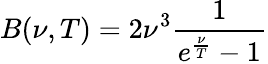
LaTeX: B(\nu,T)=2\nu^{3}{\frac{1}{e^{\frac{\nu}{T}}-1}}